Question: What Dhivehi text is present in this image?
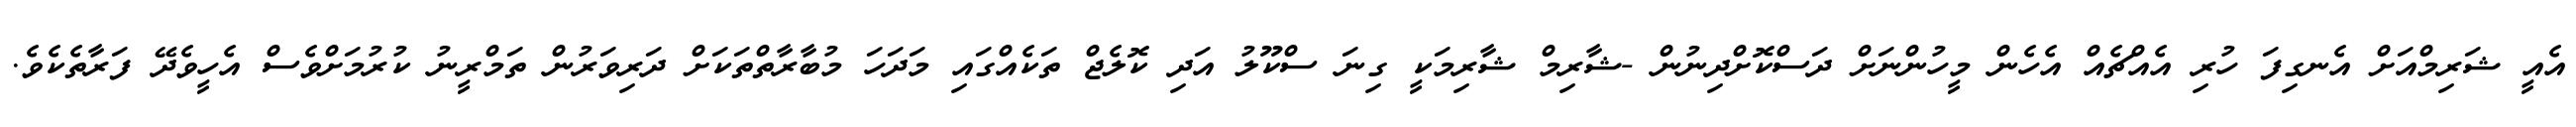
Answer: އެއީ ޝަރިމްއަށް އެނގިފަ ހުރި އެއްޗެއް އެހެން މީހުންނަށް ދަސްކޮށްދިނުން -ޝާރިމް ޝާރިމަކީ ގިނަ ސްކޫލު އަދި ކޮލެޖް ތަކެއްގައި މަދަހަ މުބާރާތްތަކަށް ދަރިވަރުން ތަމްރީނު ކުރުމަށްވެސް އެހީވެދޭ ފަރާތެކެވެ.